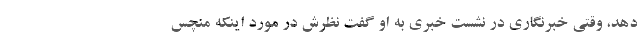
دهد، وقتی خبرنگاری در نشست خبری به او گفت نظرش در مورد اینکه منچس